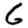
Digit: 6